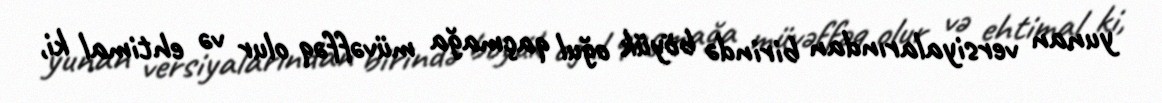
yunan versiyalarından birində böyük oğul qaçmağa müvəffəq olur və ehtimal ki,